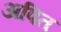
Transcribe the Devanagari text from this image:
अपित